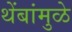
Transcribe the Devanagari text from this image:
थेंबांमुळे